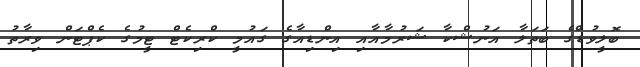
ބޮލީވުޑްގެ ބަތަލާ އަނުޝްކާ ޝަރުމާއާއި އިންޑިއާގެ ގައުމީ ކްރިކެޓް ޓީމުގެ ކެޕްޓަން ވިރާތު